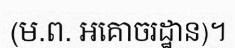
(ម.ព. អគោចរដ្ឋាន)។